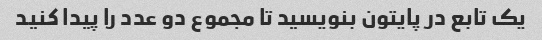
یک تابع در پایتون بنویسید تا مجموع دو عدد را پیدا کنید